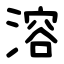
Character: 溶